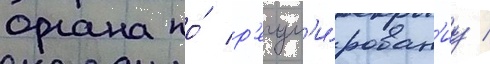
органа по́ р'егул'и́рован'иу /